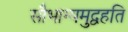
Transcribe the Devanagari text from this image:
सौभाग्यमुद्वहति